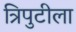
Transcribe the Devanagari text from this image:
त्रिपुटीला